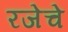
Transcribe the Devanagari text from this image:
रजेचे